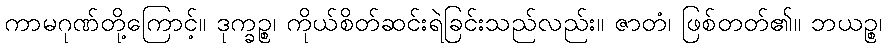
ကာမဂုဏ်တို့ကြောင့်။ ဒုက္ခဉ္စ၊ ကိုယ်စိတ်ဆင်းရဲခြင်းသည်လည်း။ ဇာတံ၊ ဖြစ်တတ်၏။ ဘယဉ္စ၊